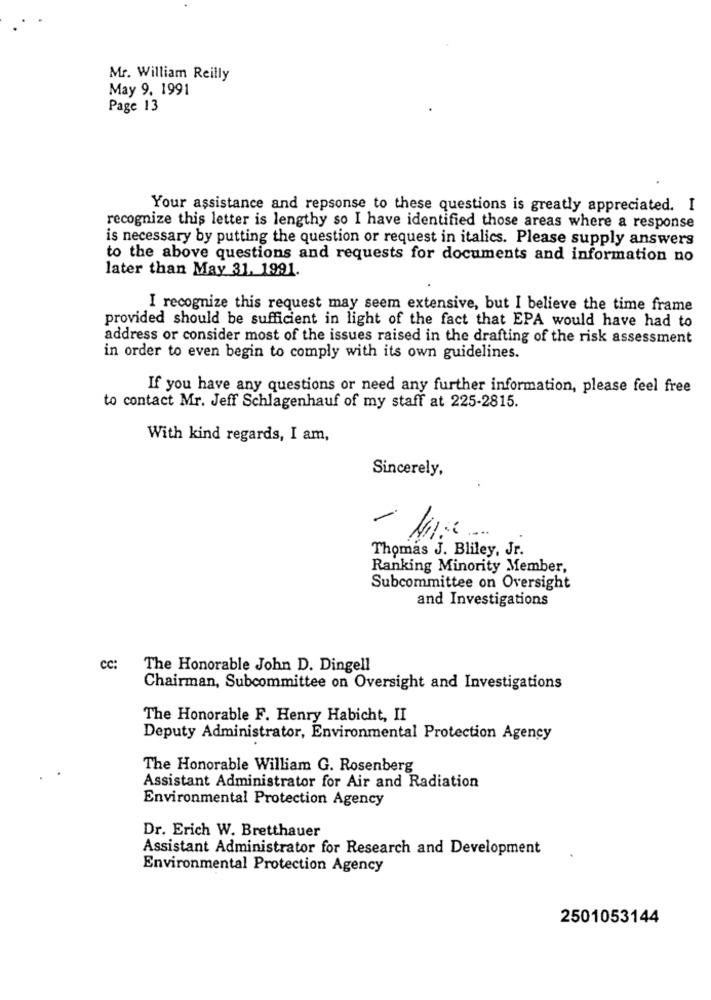
Mr. William Reilly
May 9. 1991
Page 13
Your assistance and repsonse to these questions is greatly appreciated. I
recognize this letter is lengthy so I have identified those areas where a response
is necessary by putting the question or request in italics. Please supply answers
to the above questions and requests for documents and information no
later than May 31. 1991.
I recognize this request may seem extensive, but I believe the time frame
provided should be sufficient in light of the fact that EPA would have had to
address or consider most of the issues raised in the drafting of the risk assessment
in order to even begin to comply with its own guidelines.
If you have any questions or need any further information, please feel free
to contact Mr. Jeff Schlagenhauf of my staff at 225-2815.
With kind regards, I am,
Sincerely,
Thomas J. Bliley, Jr.
Ranking Minority Member,
Subcommittee on Oversight
and Investigations
cc:
The Honorable John D. Dingell
Chairman, Subcommittee on Oversight and Investigations
The Honorable F. Henry Habicht, II
Deputy Administrator, Environmental Protection Agency
The Honorable William G. Rosenberg
Assistant Administrator for Air and Radiation
Environmental Protection Agency
Dr. Erich W. Bretthauer
Assistant Administrator for Research and Development
Environmental Protection Agency
2501053144